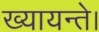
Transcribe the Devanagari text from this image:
ख्यायन्ते।